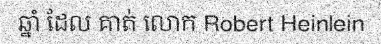
ឆ្នាំ ដែល គាត់ លោក Robert Heinlein